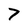
Character: 7